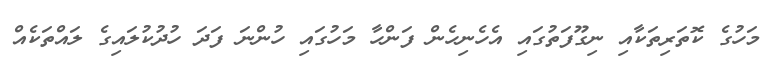
މަހުގެ ކޮތަރިތަކާއި ނިގޫފަތުގައި އެހެނިހެން ފަންހާ މަހުގައި ހުންނަ ފަދަ ހުދުކުލައިގެ ލައްތަކެއް